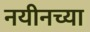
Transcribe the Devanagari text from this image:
नयीनच्या